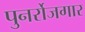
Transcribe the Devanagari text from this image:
पुनर्रोजगार